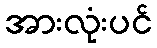
အားလုံးပင်